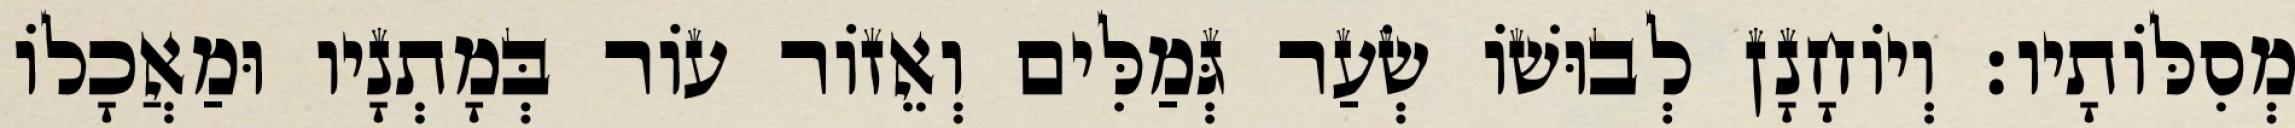
מְסִלּוֹתָיו׃ וְיוֹחָנָן לְבוּשׁוֹ שְׂעַר גְּמַלִּים וְאֵזוֹר עוֹר בְּמָתְנָיו וּמַאֲכָלוֹ